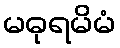
မဓုရမိမံ